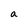
Character: a